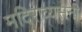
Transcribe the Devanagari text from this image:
मदिराव्यसनी